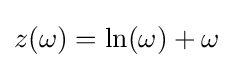
z(\omega )=\ln(\omega )+\omega